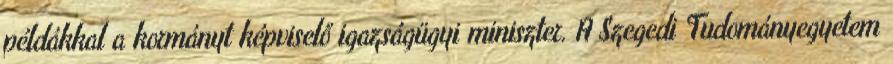
példákkal a kormányt képviselő igazságügyi miniszter. A Szegedi Tudományegyetem